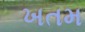
ખતમ